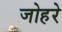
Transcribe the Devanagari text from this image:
जोहरे